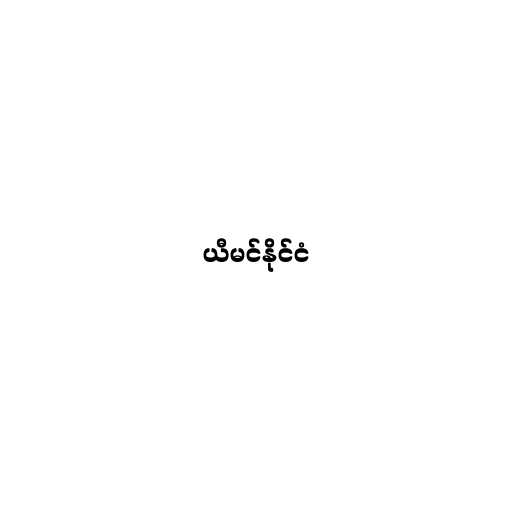
ယီမင်နိုင်ငံ